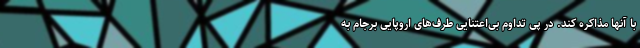
با آنها مذاکره کند. در پی تداوم بی‌اعتنایی طرف‌های اروپایی برجام به